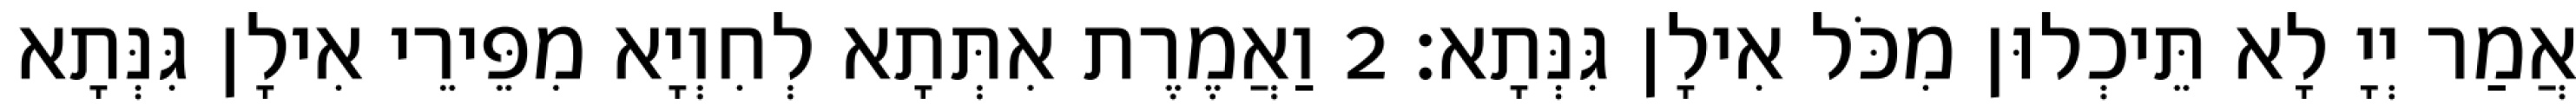
אֲמַר יְיָ לָא תֵּיכְלוּן מִכֹּל אִילָן גִּנְּתָא׃ 2 וַאֲמֶרֶת אִתְּתָא לְחִוְיָא מִפֵּירֵי אִילָן גִּנְּתָא